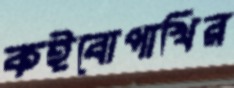
কইবোপাখির